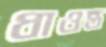
ধাওন্ত